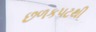
છળકપટથી